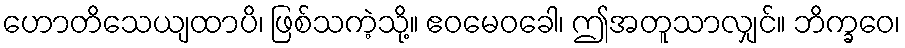
ဟောတိသေယျထာပိ၊ ဖြစ်သကဲ့သို့။ ဧဝမေဝခေါ၊ ဤအတူသာလျှင်။ ဘိက္ခဝေ၊